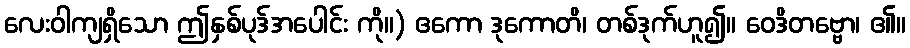
လေးဝါကျရှိသော ဤနှစ်ပုဒ်အပေါင်း ကို။) ဧကော ဒုကောတိ၊ တစ်ဒုက်ဟူ၍။ ဝေဒိတဗ္ဗော၊ ၏။